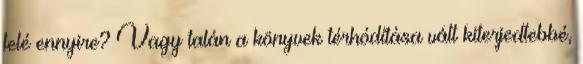
felé ennyire? Vagy talán a könyvek térhódítása vált kiterjedtebbé,